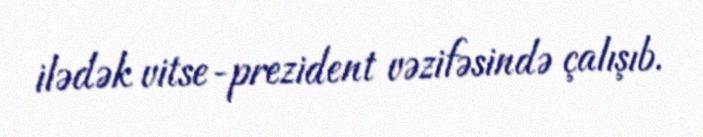
ilədək vitse-prezident vəzifəsində çalışıb.